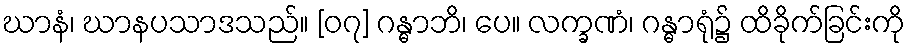
ဃာနံ၊ ဃာနပသာဒသည်။ [၀၇] ဂန္ဓာဘိ၊ ပေ။ လက္ခဏံ၊ ဂန္ဓာရုံ၌ ထိခိုက်ခြင်းကို